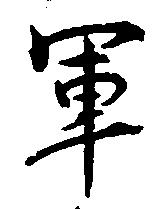
軍